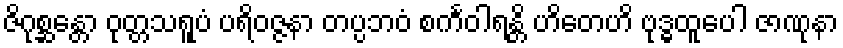
ဇိဂုစ္ဆန္တော ဝုတ္တသရူပံ ပရိဝဇ္ဇနာ တပ္ပဘဝံ စင်္ကဝါရန္တိ ဟိတေဟိ ဗုဒ္ဓထူပေါ ဇာဏုနာ